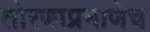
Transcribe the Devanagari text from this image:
तोरणाप्रमाणेच